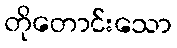
တိုတောင်းသော